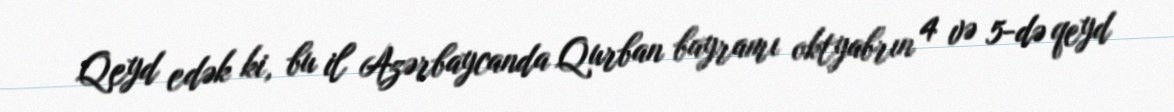
Qeyd edək ki, bu il Azərbaycanda Qurban bayramı oktyabrın 4 və 5-də qeyd